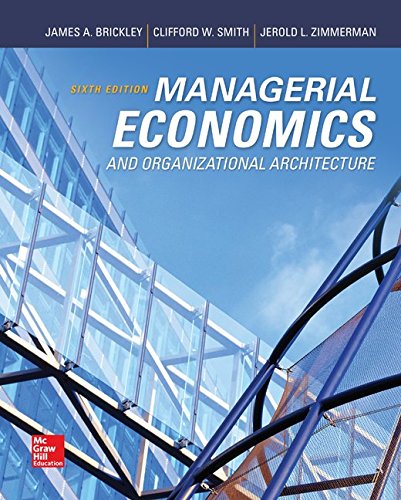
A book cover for Managerial Economics & Organizational Architecture, 6th Edition; James Brickley; Business & Money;